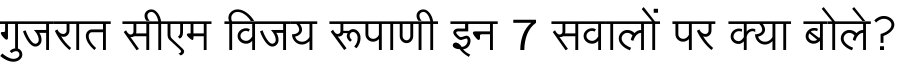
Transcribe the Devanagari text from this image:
गुजरात सीएम विजय रूपाणी इन 7 सवालों पर क्या बोले?